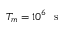
T _ { m } = 1 0 ^ { 6 } ~ \mathrm { ~ s ~ }